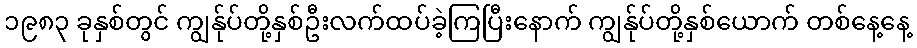
၁၉၈၃ ခုနှစ်တွင် ကျွန်ုပ်တို့နှစ်ဦးလက်ထပ်ခဲ့ကြပြီးနောက် ကျွန်ုပ်တို့နှစ်ယောက် တစ်နေ့နေ့